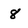
Character: 8